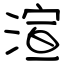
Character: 渲